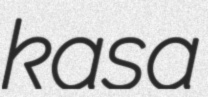
kasa